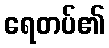
ရေတပ်၏